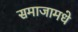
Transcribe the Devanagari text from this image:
समाजामधे